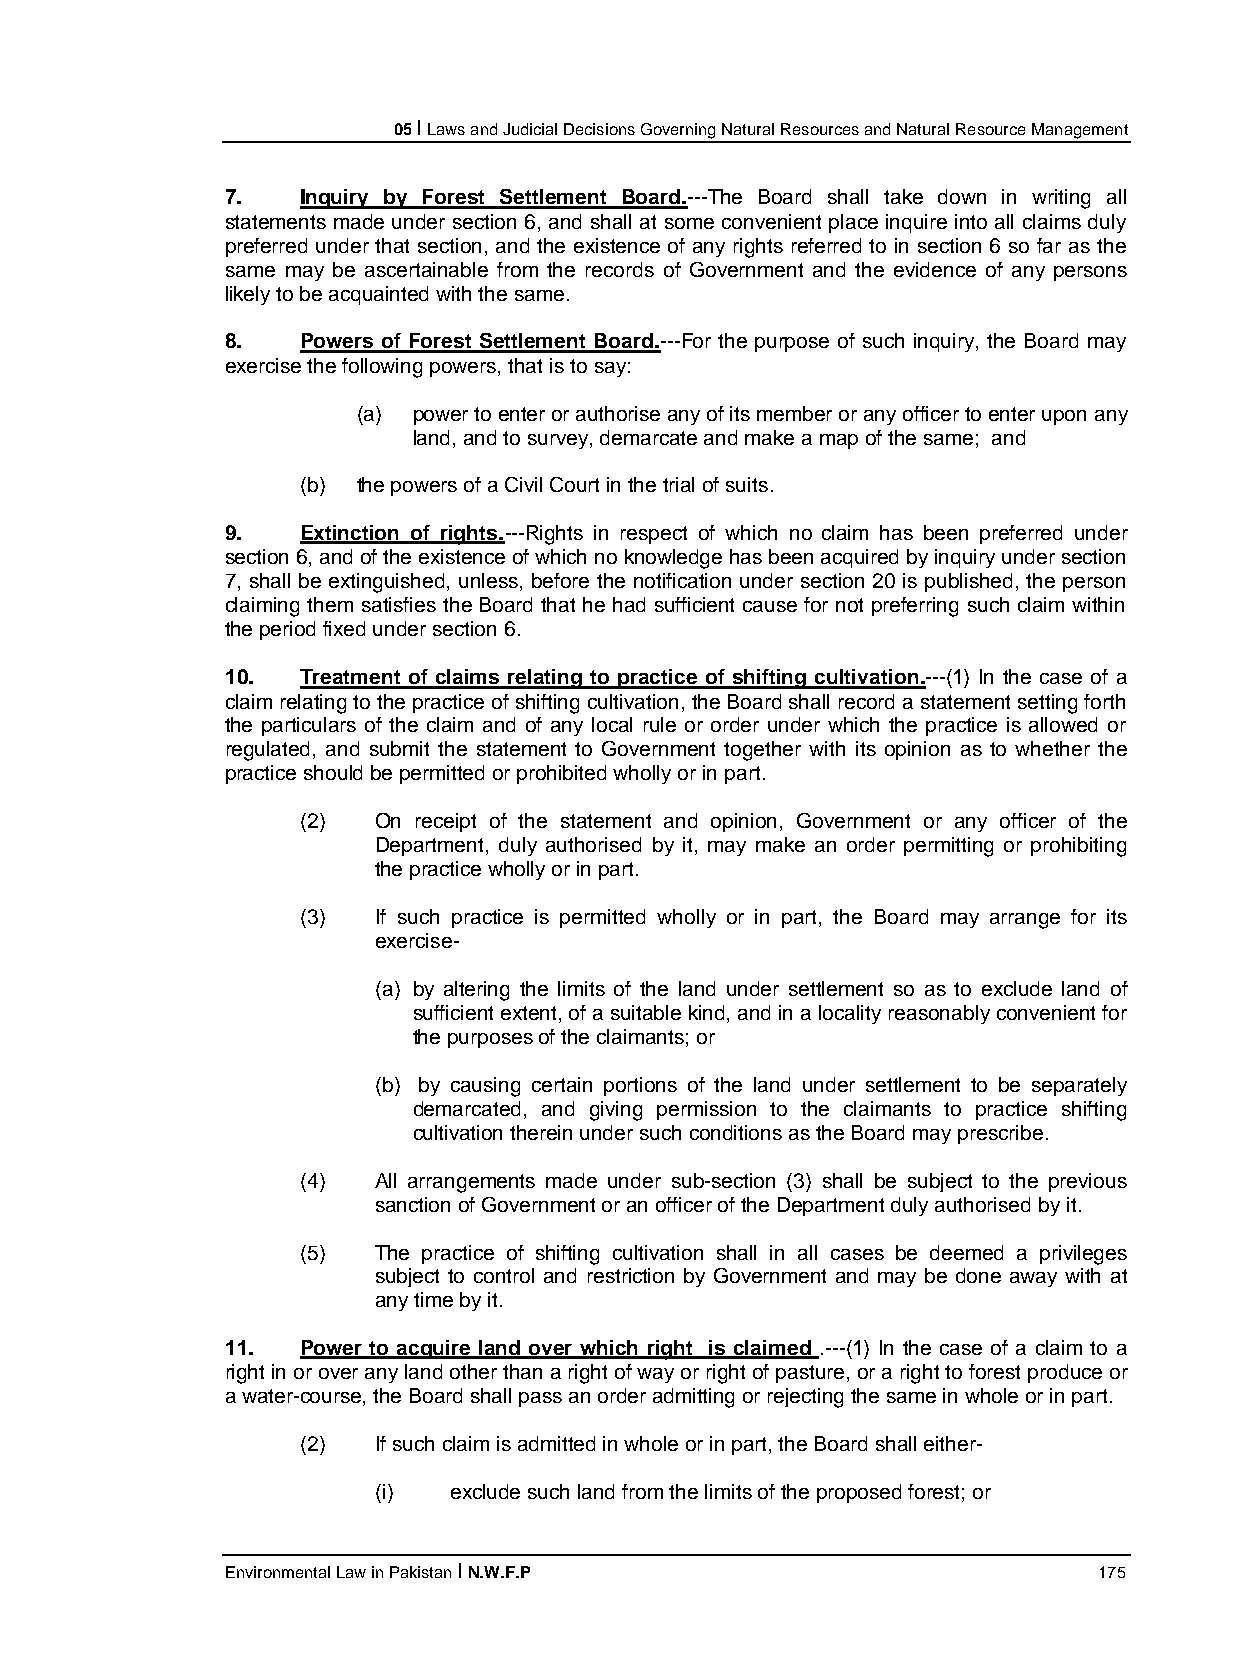
05 I Laws and Judicial Decisions Governing Natural Resources and Natural Resource Management
 7.   Inquiry by Forest Settlement Board.---The Board shall take down in writing all
 statements made under section 6, and shall at some convenient place inquire into all claims duly
 preferred under that section, and the existence of any rights referred to in section 6 so far as the
 same may be ascertainable from the records of Government and the evidence of any persons
 likely to be acquainted with the same.
 8.   Powers of Forest Settlement Board.---For the purpose of such inquiry, the Board may
 exercise the following powers, that is to say:
 (a) power to enter or authorise any of its member or any officer to enter upon any
 land, and to survey, demarcate and make a map of the same; and
 (b) the powers of a Civil Court in the trial of suits.
 9.   Extinction of rights.---Rights in respect of which no claim has been preferred under
 section 6, and of the existence of which no knowledge has been acquired by inquiry under section
 7, shall be extinguished, unless, before the notification under section 20 is published, the person
 claiming them satisfies the Board that he had sufficient cause for not preferring such claim within
 the period fixed under section 6.
 10.  Treatment of claims relating to practice of shifting cultivation.---(1) In the case of a
 claim relating to the practice of shifting cultivation, the Board shall record a statement setting forth
 the particulars of the claim and of any local rule or order under which the practice is allowed or
 regulated, and submit the statement to Government together with its opinion as to whether the
 practice should be permitted or prohibited wholly or in part.
 (2)  On receipt of the statement and opinion, Government or any officer of the
 Department, duly authorised by it, may make an order permitting or prohibiting
 the practice wholly or in part.
 (3)  If such practice is permitted wholly or in part, the Board may arrange for its
 exercise-
 (a) by altering the limits of the land under settlement so as to exclude land of
 sufficient extent, of a suitable kind, and in a locality reasonably convenient for
 the purposes of the claimants; or
 (b) by causing certain portions of the land under settlement to be separately
 demarcated, and giving permission to the claimants to practice shifting
 cultivation therein under such conditions as the Board may prescribe.
 (4)  All arrangements made under sub-section (3) shall be subject to the previous
 sanction of Government or an officer of the Department duly authorised by it.
 (5)  The practice of shifting cultivation shall in all cases be deemed a privileges
 subject to control and restriction by Government and may be done away with at
 any time by it.
 11.  Power to acquire land over which right is claimed .---(1) In the case of a claim to a
 right in or over any land other than a right of way or right of pasture, or a right to forest produce or
 a water-course, the Board shall pass an order admitting or rejecting the same in whole or in part.
 (2)  If such claim is admitted in whole or in part, the Board shall either-
 (i)  exclude such land from the limits of the proposed forest; or
 Environmental Law in Pakistan I N.W.F.P                   175